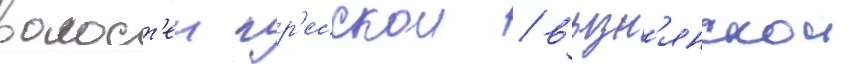
волост'еи гр'есскои / вызн'янскои